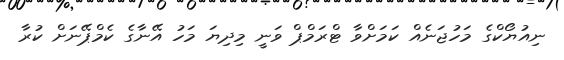
ނިއުޔޯކްގެ މަހުޖަނެއް ކަމަށްވާ ޓްރަމްޕް ވަނީ މިދިޔަ މަހު އޭނާގެ ކެމްޕޭނަށް ކުރާ